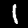
Digit: 1